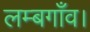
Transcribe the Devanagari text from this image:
लम्बगाँव।